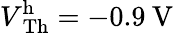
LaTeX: V\mathrm{_{Th}^{h}}=-0.9\: \mathrm{V}